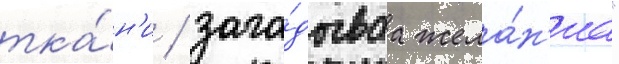
тка́н'и / зага́дываа жела́н'иа"